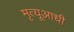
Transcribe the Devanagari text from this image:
मृत्यूआधी